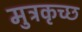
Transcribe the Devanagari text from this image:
मुत्रकृच्छ